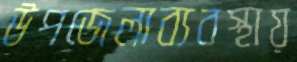
উপজেলাব্যবস্থায়